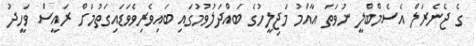
ގެ ޖެނެރަލް އެސެމްބްލީ ނުވަތަ އާއްމު މަޖިލީހުގެ ބައްދަލުވުމުގައި ބައިވެރިވެވަޑައިގަތުމަށް ރައީސް ވަހީދު